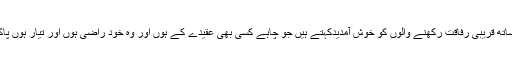
اسلام ہم سے مطالبہ کرتا ہے کہ ہم دوسروں کے عقائد کو برداشت کریں اور ہم اپنے ساتھ قریبی رفاقت رکھنے والوں کو خوش آمدیدکہتے ہیں جو چاہے کسی بھی عقیدے کے ہوں اور وہ خود راضی ہوں اور تیار ہوں پاکستان کے ایک سچے اور وفادار شہری کی حیثیت سے اپنا کردار ادا کرنے کے لیے"۔